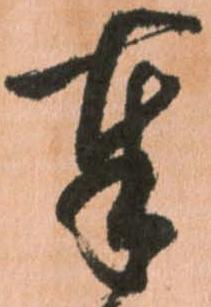
奉